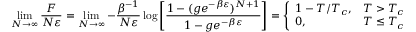
\operatorname* { l i m } _ { N \rightarrow \infty } { \frac { F } { N \varepsilon } } = \operatorname* { l i m } _ { N \rightarrow \infty } - { \frac { \beta ^ { - 1 } } { N \varepsilon } } \log \left[ { \frac { 1 - ( g e ^ { - \beta \varepsilon } ) ^ { N + 1 } } { 1 - g e ^ { - \beta \varepsilon } } } \right] = { \left\{ \begin{array} { l l } { 1 - T / T _ { c } , } & { T > T _ { c } } \\ { 0 , } & { T \leq T _ { c } } \end{array} \right. }